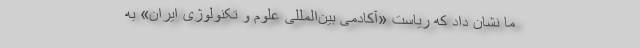
ما نشان داد که ریاست «آکادمی بین‌المللی علوم و تکنولوژی ایران» به